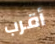
أقرب